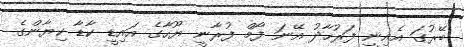
ބޭރުގަ އެއިނީ ފަރުހާދު އޭނަ ފޯމް ފުރާނީ ޔޫހާގެ އައިޑީ ކާޑާ ކިޔާންގެ